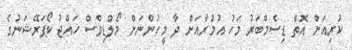
ކުރިއަށް އޮތް ޑިސެމްބަރު މަހު އުމުރާއަށް ދާ މީހުންނަށް މޯލްޑިވްސް ހައްޖު ކޯޕަރޭޝަނުގެ